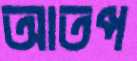
আতপ